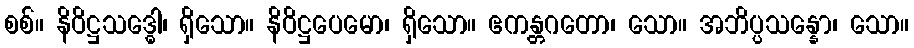
စစ်။ နိဝိဋ္ဌသဒ္ဓေါ၊ ရှိသော။ နိဝိဋ္ဌပေမော၊ ရှိသော။ ဧကန္တဂတော၊ သော။ အဘိပ္ပသန္နော၊ သော။